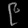
Digit: ၉